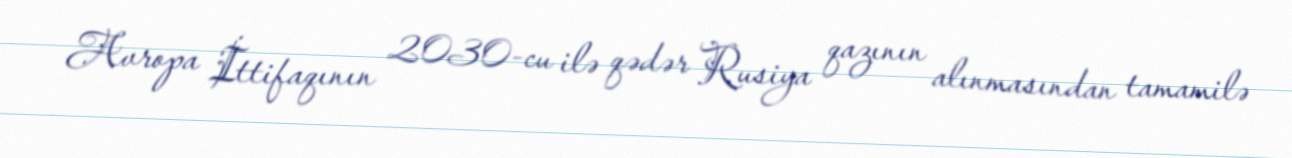
Avropa İttifaqının 2030-cu ilə qədər Rusiya qazının alınmasından tamamilə